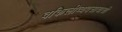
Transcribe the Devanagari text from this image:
वकिलीव्यवसायाशी